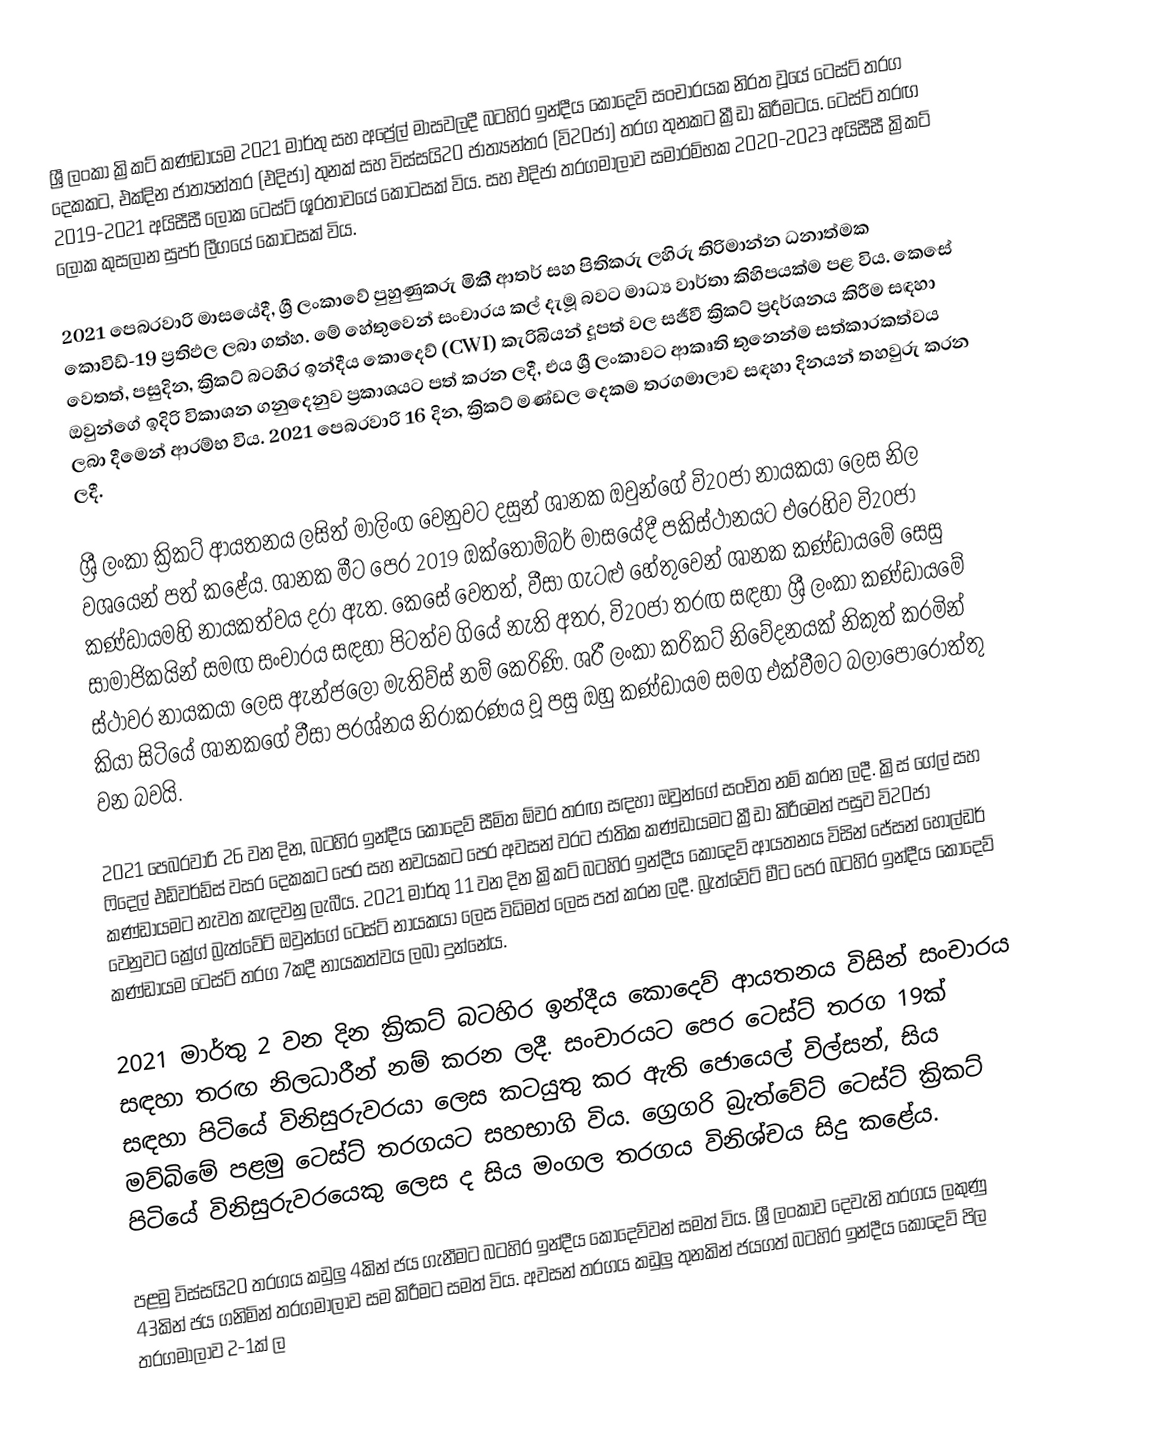
ශ්‍රී ලංකා ක්‍රිකට් කණ්ඩායම 2021 මාර්තු සහ අප්‍රේල් මාසවලදී බටහිර ඉන්දීය කොදෙව් සංචාරයක නිරත වූයේ ටෙස්ට් තරග දෙකකට, එක්දින ජාත්‍යන්තර (එදිජා) තුනක් සහ විස්සයි20 ජාත්‍යන්තර (වි20ජා) තරග තුනකට ක්‍රීඩා කිරීමටය. ටෙස්ට් තරඟ 2019-2021 අයිසීසී ලෝක ටෙස්ට් ශූරතාවයේ කොටසක් විය. සහ එදිජා තරගමාලාව සමාරම්භක 2020-2023 අයිසීසී ක්‍රිකට් ලෝක කුසලාන සුපර් ලීගයේ කොටසක් විය.

2021 පෙබරවාරි මාසයේදී, ශ්‍රී ලංකාවේ පුහුණුකරු මිකී ආතර් සහ පිතිකරු ලහිරු තිරිමාන්න ධනාත්මක කොවිඩ්-19 ප්‍රතිඵල ලබා ගත්හ. මේ හේතුවෙන් සංචාරය කල් දැමූ බවට මාධ්‍ය වාර්තා කිහිපයක්ම පළ විය. කෙසේ වෙතත්, පසුදින, ක්‍රිකට් බටහිර ඉන්දීය කොදෙව් (CWI) කැරිබියන් දූපත් වල සජීවී ක්‍රිකට් ප්‍රදර්ශනය කිරීම සඳහා ඔවුන්ගේ ඉදිරි විකාශන ගනුදෙනුව ප්‍රකාශයට පත් කරන ලදී, එය ශ්‍රී ලංකාවට ආකෘති තුනෙන්ම සත්කාරකත්වය ලබා දීමෙන් ආරම්භ විය. 2021 පෙබරවාරි 16 දින, ක්‍රිකට් මණ්ඩල දෙකම තරගමාලාව සඳහා දිනයන් තහවුරු කරන ලදී.

ශ්‍රී ලංකා ක්‍රිකට් ආයතනය ලසිත් මාලිංග වෙනුවට දසුන් ශානක ඔවුන්ගේ වි20ජා නායකයා ලෙස නිල වශයෙන් පත් කළේය. ශානක මීට පෙර 2019 ඔක්තෝම්බර් මාසයේදී පකිස්ථානයට එරෙහිව වි20ජා කණ්ඩායමහි නායකත්වය දරා ඇත. කෙසේ වෙතත්, වීසා ගැටළු හේතුවෙන් ශානක කණ්ඩායමේ සෙසු සාමාජිකයින් සමඟ සංචාරය සඳහා පිටත්ව ගියේ නැති අතර, වි20ජා තරඟ සඳහා ශ්‍රී ලංකා කණ්ඩායමේ ස්ථාවර නායකයා ලෙස ඇන්ජලෝ මැතිව්ස් නම් කෙරිණි. ශ‍්‍රී ලංකා ක‍්‍රිකට් නිවේදනයක් නිකුත් කරමින් කියා සිටියේ ශානකගේ වීසා ප‍්‍රශ්නය නිරාකරණය වූ පසු ඔහු කණ්ඩායම සමග එක්වීමට බලාපොරොත්තු වන බවයි.

2021 පෙබරවාරි 26 වන දින, බටහිර ඉන්දීය කොදෙව් සීමිත ඕවර තරඟ සඳහා ඔවුන්ගේ සංචිත නම් කරන ලදී. ක්‍රිස් ගේල් සහ ෆිදෙල් එඩ්වර්ඩ්ස් වසර දෙකකට පෙර සහ නවයකට පෙර අවසන් වරට ජාතික කණ්ඩායමට ක්‍රීඩා කිරීමෙන් පසුව වි20ජා කණ්ඩායමට නැවත කැඳවනු ලැබීය. 2021 මාර්තු 11 වන දින ක්‍රිකට් බටහිර ඉන්දීය කොදෙව් ආයතනය විසින් ජේසන් හෝල්ඩර් වෙනුවට ක්‍රේග් බ්‍රැත්වේට් ඔවුන්ගේ ටෙස්ට් නායකයා ලෙස විධිමත් ලෙස පත් කරන ලදී. බ්‍රැත්වේට් මීට පෙර බටහිර ඉන්දීය කොදෙව් කණ්ඩායම ටෙස්ට් තරග 7කදී නායකත්වය ලබා දුන්නේය.

2021 මාර්තු 2 වන දින ක්‍රිකට් බටහිර ඉන්දීය කොදෙව් ආයතනය විසින් සංචාරය සඳහා තරඟ නිලධාරීන් නම් කරන ලදී. සංචාරයට පෙර ටෙස්ට් තරග 19ක් සඳහා පිටියේ විනිසුරුවරයා ලෙස කටයුතු කර ඇති ජොයෙල් විල්සන්, සිය මව්බිමේ පළමු ටෙස්ට් තරගයට සහභාගි විය. ග්‍රෙගරි බ්‍රැත්වේට් ටෙස්ට් ක්‍රිකට් පිටියේ විනිසුරුවරයෙකු ලෙස ද සිය මංගල තරගය විනිශ්චය සිදු කළේය.

පළමු විස්සයි20 තරගය කඩුලු 4කින් ජය ගැනීමට බටහිර ඉන්දීය කොදෙව්වන් සමත් විය. ශ්‍රී ලංකාව දෙවැනි තරගය ලකුණු 43කින් ජය ගනිමින් තරගමාලාව සම කිරීමට සමත් විය. අවසන් තරගය කඩුලු තුනකින් ජයගත් බටහිර ඉන්දීය කොදෙව් පිල තරගමාලාව 2-1ක් ල